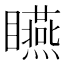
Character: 𥍂